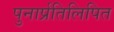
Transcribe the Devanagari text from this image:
पुनार्प्रतिलिपित